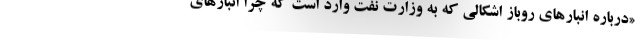
«درباره انبارهای روباز اشکالی که به وزارت نفت وارد است که چرا انبارهای